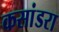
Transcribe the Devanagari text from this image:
कसांडरा